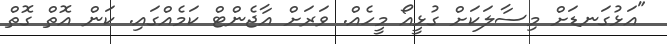
"އަޅުގަނޑަށް މިސާލަކަށް ގުޅީއޯ މީހެއް. ވަރަށް އާޖެންޓް ކަމެއްގައި. ކަން އޮތް ގޮތް